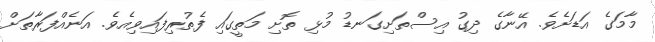
މާމަގެ އަޑަށެވެ. އޭނާގެ ދިގު އިސްތަށިގަނޑު މުޅި ތޮށި މަތީގައި ފެތުރިފައިވިއެވެ. އަނެއްފަރާތަށް